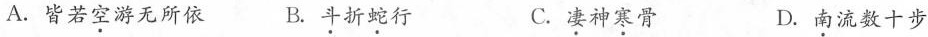
A.皆若空游无所依 B.斗折蛇行 C.凄神寒骨 D.南流数十步